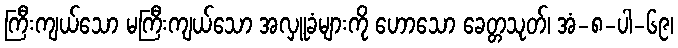
ကြီးကျယ်သော မကြီးကျယ်သော အလှူခံများကို ဟောသော ခေတ္တသုတ်၊ အံ-၈-ပါ-၆၉၊